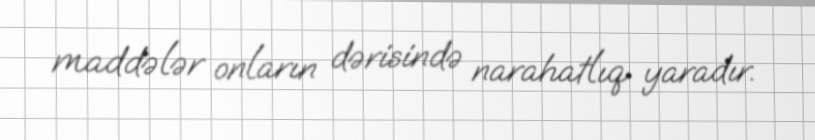
maddələr onların dərisində narahatlıq yaradır.